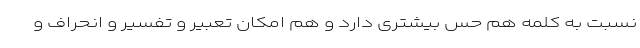
نسبت به کلمه هم حس بیشتری دارد و هم امکان تعبیر و تفسیر و انحراف و